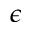
\epsilon